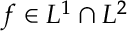
f \in L ^ { 1 } \cap L ^ { 2 }